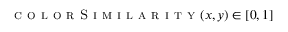
\textsc { c o l o r S i m i l a r i t y } ( x , y ) \in [ 0 , 1 ]